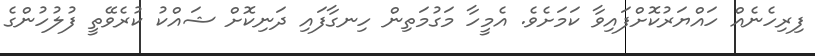
ފިރިހެނެއް ހައްޔަރުކޮށްފައިވާ ކަމަށެވެ. އެމީހާ މަގުމަތިން ހިނގާފައި ދަނިކޮށް ޝައްކު ކުރެވޭތީ ފުލުހުންގެ